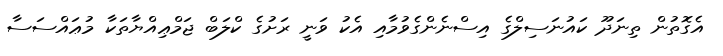
އެގޮތުން ތިނަދޫ ކައުނަސިލްގެ އިސްނެންގެވުމާއި އެކު ވަނީ ރަށުގެ ކްލަބް ޖަމްޢިއްޔާތަކާ މުޢައްސަސާ